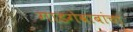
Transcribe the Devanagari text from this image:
गाडगेबाबांचा